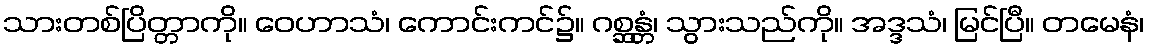
သားတစ်ပြိတ္တာကို။ ဝေဟာသံ၊ ကောင်းကင်၌။ ဂစ္ဆန္တံ၊ သွားသည်ကို။ အဒ္ဒသံ၊ မြင်ပြီ။ တမေနံ၊